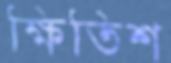
ক্ষিতিশ